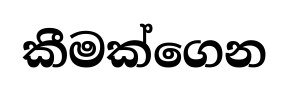
කීමක්ගෙන